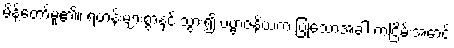
မိန့်တော်မူ၏။ ရဟန်းများစွာနှင့် သွား၍ ပဗ္ဗာဇနိယကံ ပြုသောအခါ ကံငြိမ်းအောင်